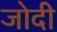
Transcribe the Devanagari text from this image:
जोदी